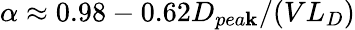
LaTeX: \alpha\approx0.98-0.62D_{pea\mathbf{k}}/(VL_{D})